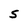
Character: 5